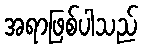
အရာဖြစ်ပါသည်